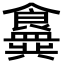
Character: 𬲟